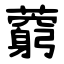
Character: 藭